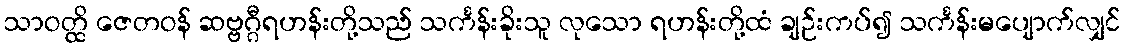
သာဝတ္ထိ ဇေတဝန် ဆဗ္ဗဂ္ဂီရဟန်းတို့သည် သင်္ကန်းခိုးသူ လုသော ရဟန်းတို့ထံ ချဉ်းကပ်၍ သင်္ကန်းမပျောက်လျှင်